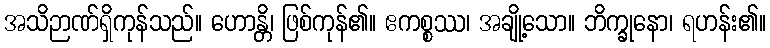
အသိဉာဏ်ရှိကုန်သည်။ ဟောန္တိ၊ ဖြစ်ကုန်၏။ ဧကစ္စဿ၊ အချို့သော။ ဘိက္ခုနော၊ ရဟန်း၏။